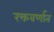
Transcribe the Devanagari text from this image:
रक्तवर्णात